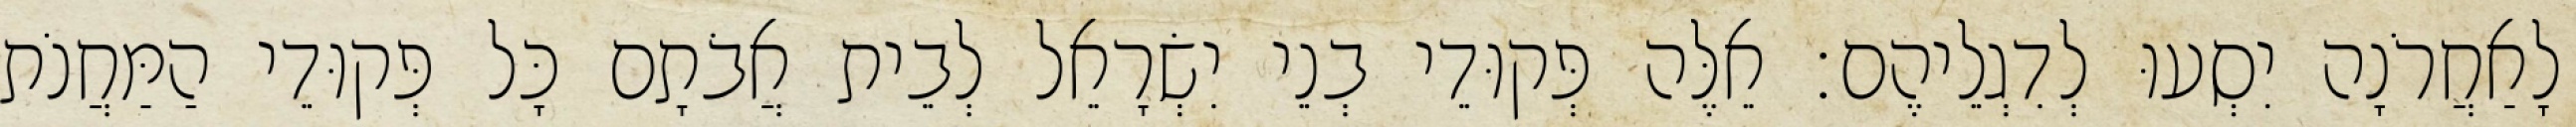
לָאַחֲרֹנָה יִסְעוּ לְדִגְלֵיהֶם׃ אֵלֶּה פְּקוּדֵי בְנֵי יִשְׂרָאֵל לְבֵית אֲבֹתָם כָּל פְּקוּדֵי הַמַּחֲנֹת